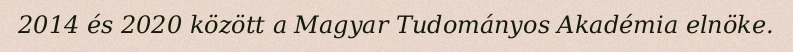
2014 és 2020 között a Magyar Tudományos Akadémia elnöke.